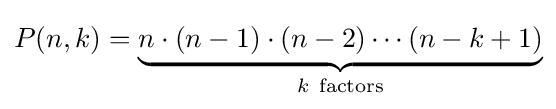
P(n,k)=\underbrace {n\cdot (n-1)\cdot (n-2)\cdots (n-k+1)} _{k\ \mathrm {factors} }